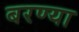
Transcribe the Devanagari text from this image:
बरण्या